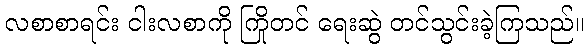
လစာစာရင်း ငါးလစာကို ကြိုတင် ရေးဆွဲ တင်သွင်းခဲ့ကြသည်။